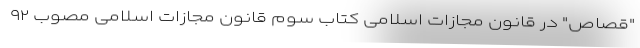
"قصاص" در قانون مجازات اسلامی کتاب سوم قانون مجازات اسلامی مصوب ۹۲